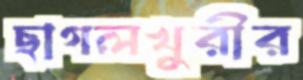
ছাগলখুরীর